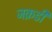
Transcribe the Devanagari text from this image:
जक़डी